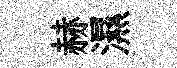
赫濕